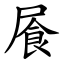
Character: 䬤